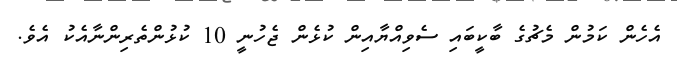
އެހެން ކަމުން މެޗުގެ ބާކީބައި ސެވިއްޔާއިން ކުޅެން ޖެހުނީ 10 ކުޅުންތެރިންނާއެކު އެވެ.